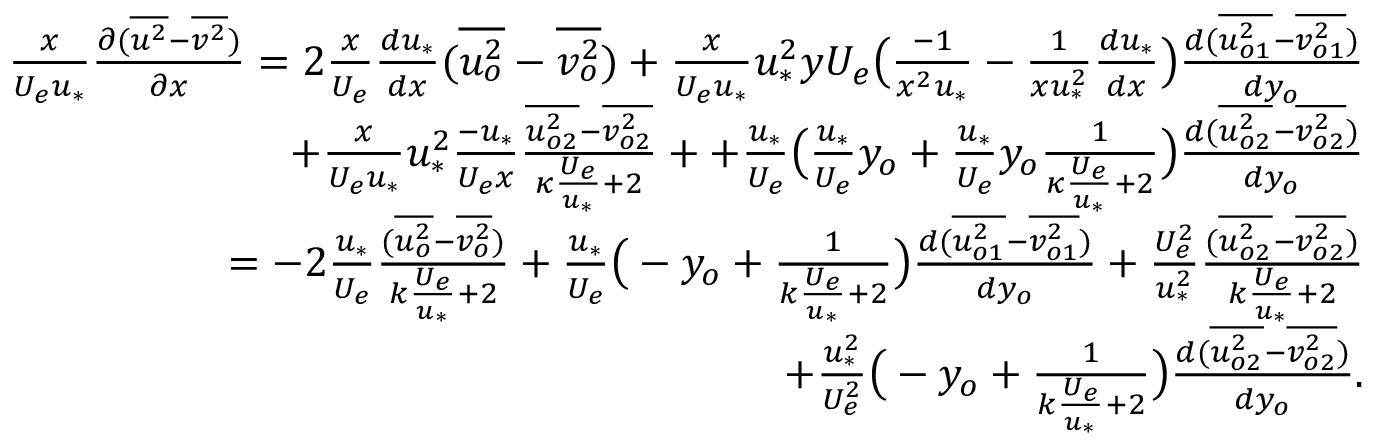
\begin{array} { r } { \frac { x } { U _ { e } u _ { * } } \frac { \partial ( \overline { { u ^ { 2 } } } - \overline { { v ^ { 2 } } } ) } { \partial x } = 2 \frac { x } { U _ { e } } \frac { d u _ { * } } { d x } ( \overline { { u _ { o } ^ { 2 } } } - \overline { { v _ { o } ^ { 2 } } } ) + \frac { { x } } { U _ { e } { u _ { * } } } u _ { * } ^ { 2 } y U _ { e } \big ( \frac { - 1 } { x ^ { 2 } u _ { * } } - { \frac { 1 } { x u _ { * } ^ { 2 } } \frac { d u _ { * } } { d x } } \big ) \frac { d ( \overline { { u _ { o 1 } ^ { 2 } } } - \overline { { v _ { o 1 } ^ { 2 } } } ) } { d y _ { o } } } \\ { + \frac { x } { U _ { e } u _ { * } } u _ { * } ^ { 2 } \frac { - u _ { * } } { U _ { e } x } \frac { \overline { { u _ { o 2 } ^ { 2 } } } - \overline { { v _ { o 2 } ^ { 2 } } } } { \kappa \frac { U _ { e } } { u _ { * } } + 2 } + + \frac { u _ { * } } { U _ { e } } \big ( \frac { u _ { * } } { U _ { e } } y _ { o } + \frac { u _ { * } } { U _ { e } } y _ { o } \frac { 1 } { \kappa \frac { U _ { e } } { u _ { * } } + 2 } \big ) \frac { d ( \overline { { u _ { o 2 } ^ { 2 } } } - \overline { { v _ { o 2 } ^ { 2 } } } ) } { d y _ { o } } } \\ { = - 2 \frac { u _ { * } } { U _ { e } } \frac { ( \overline { { u _ { o } ^ { 2 } } } - \overline { { v _ { o } ^ { 2 } } } ) } { k \frac { U _ { e } } { u _ { * } } + 2 } + \frac { u _ { * } } { U _ { e } } \big ( - y _ { o } + \frac { 1 } { k \frac { U _ { e } } { u _ { * } } + 2 } \big ) \frac { d ( \overline { { u _ { o 1 } ^ { 2 } } } - \overline { { v _ { o 1 } ^ { 2 } } } ) } { d y _ { o } } + \frac { U _ { e } ^ { 2 } } { u _ { * } ^ { 2 } } \frac { ( \overline { { u _ { o 2 } ^ { 2 } } } - \overline { { v _ { o 2 } ^ { 2 } } } ) } { k \frac { U _ { e } } { u _ { * } } + 2 } } \\ { + \frac { u _ { * } ^ { 2 } } { U _ { e } ^ { 2 } } \big ( - y _ { o } + \frac { 1 } { k \frac { U _ { e } } { u _ { * } } + 2 } \big ) \frac { d ( \overline { { u _ { o 2 } ^ { 2 } } } - \overline { { v _ { o 2 } ^ { 2 } } } ) } { d y _ { o } } . } \end{array}